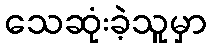
သေဆုံးခဲ့သူမှာ